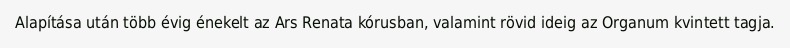
Alapítása után több évig énekelt az Ars Renata kórusban, valamint rövid ideig az Organum kvintett tagja.